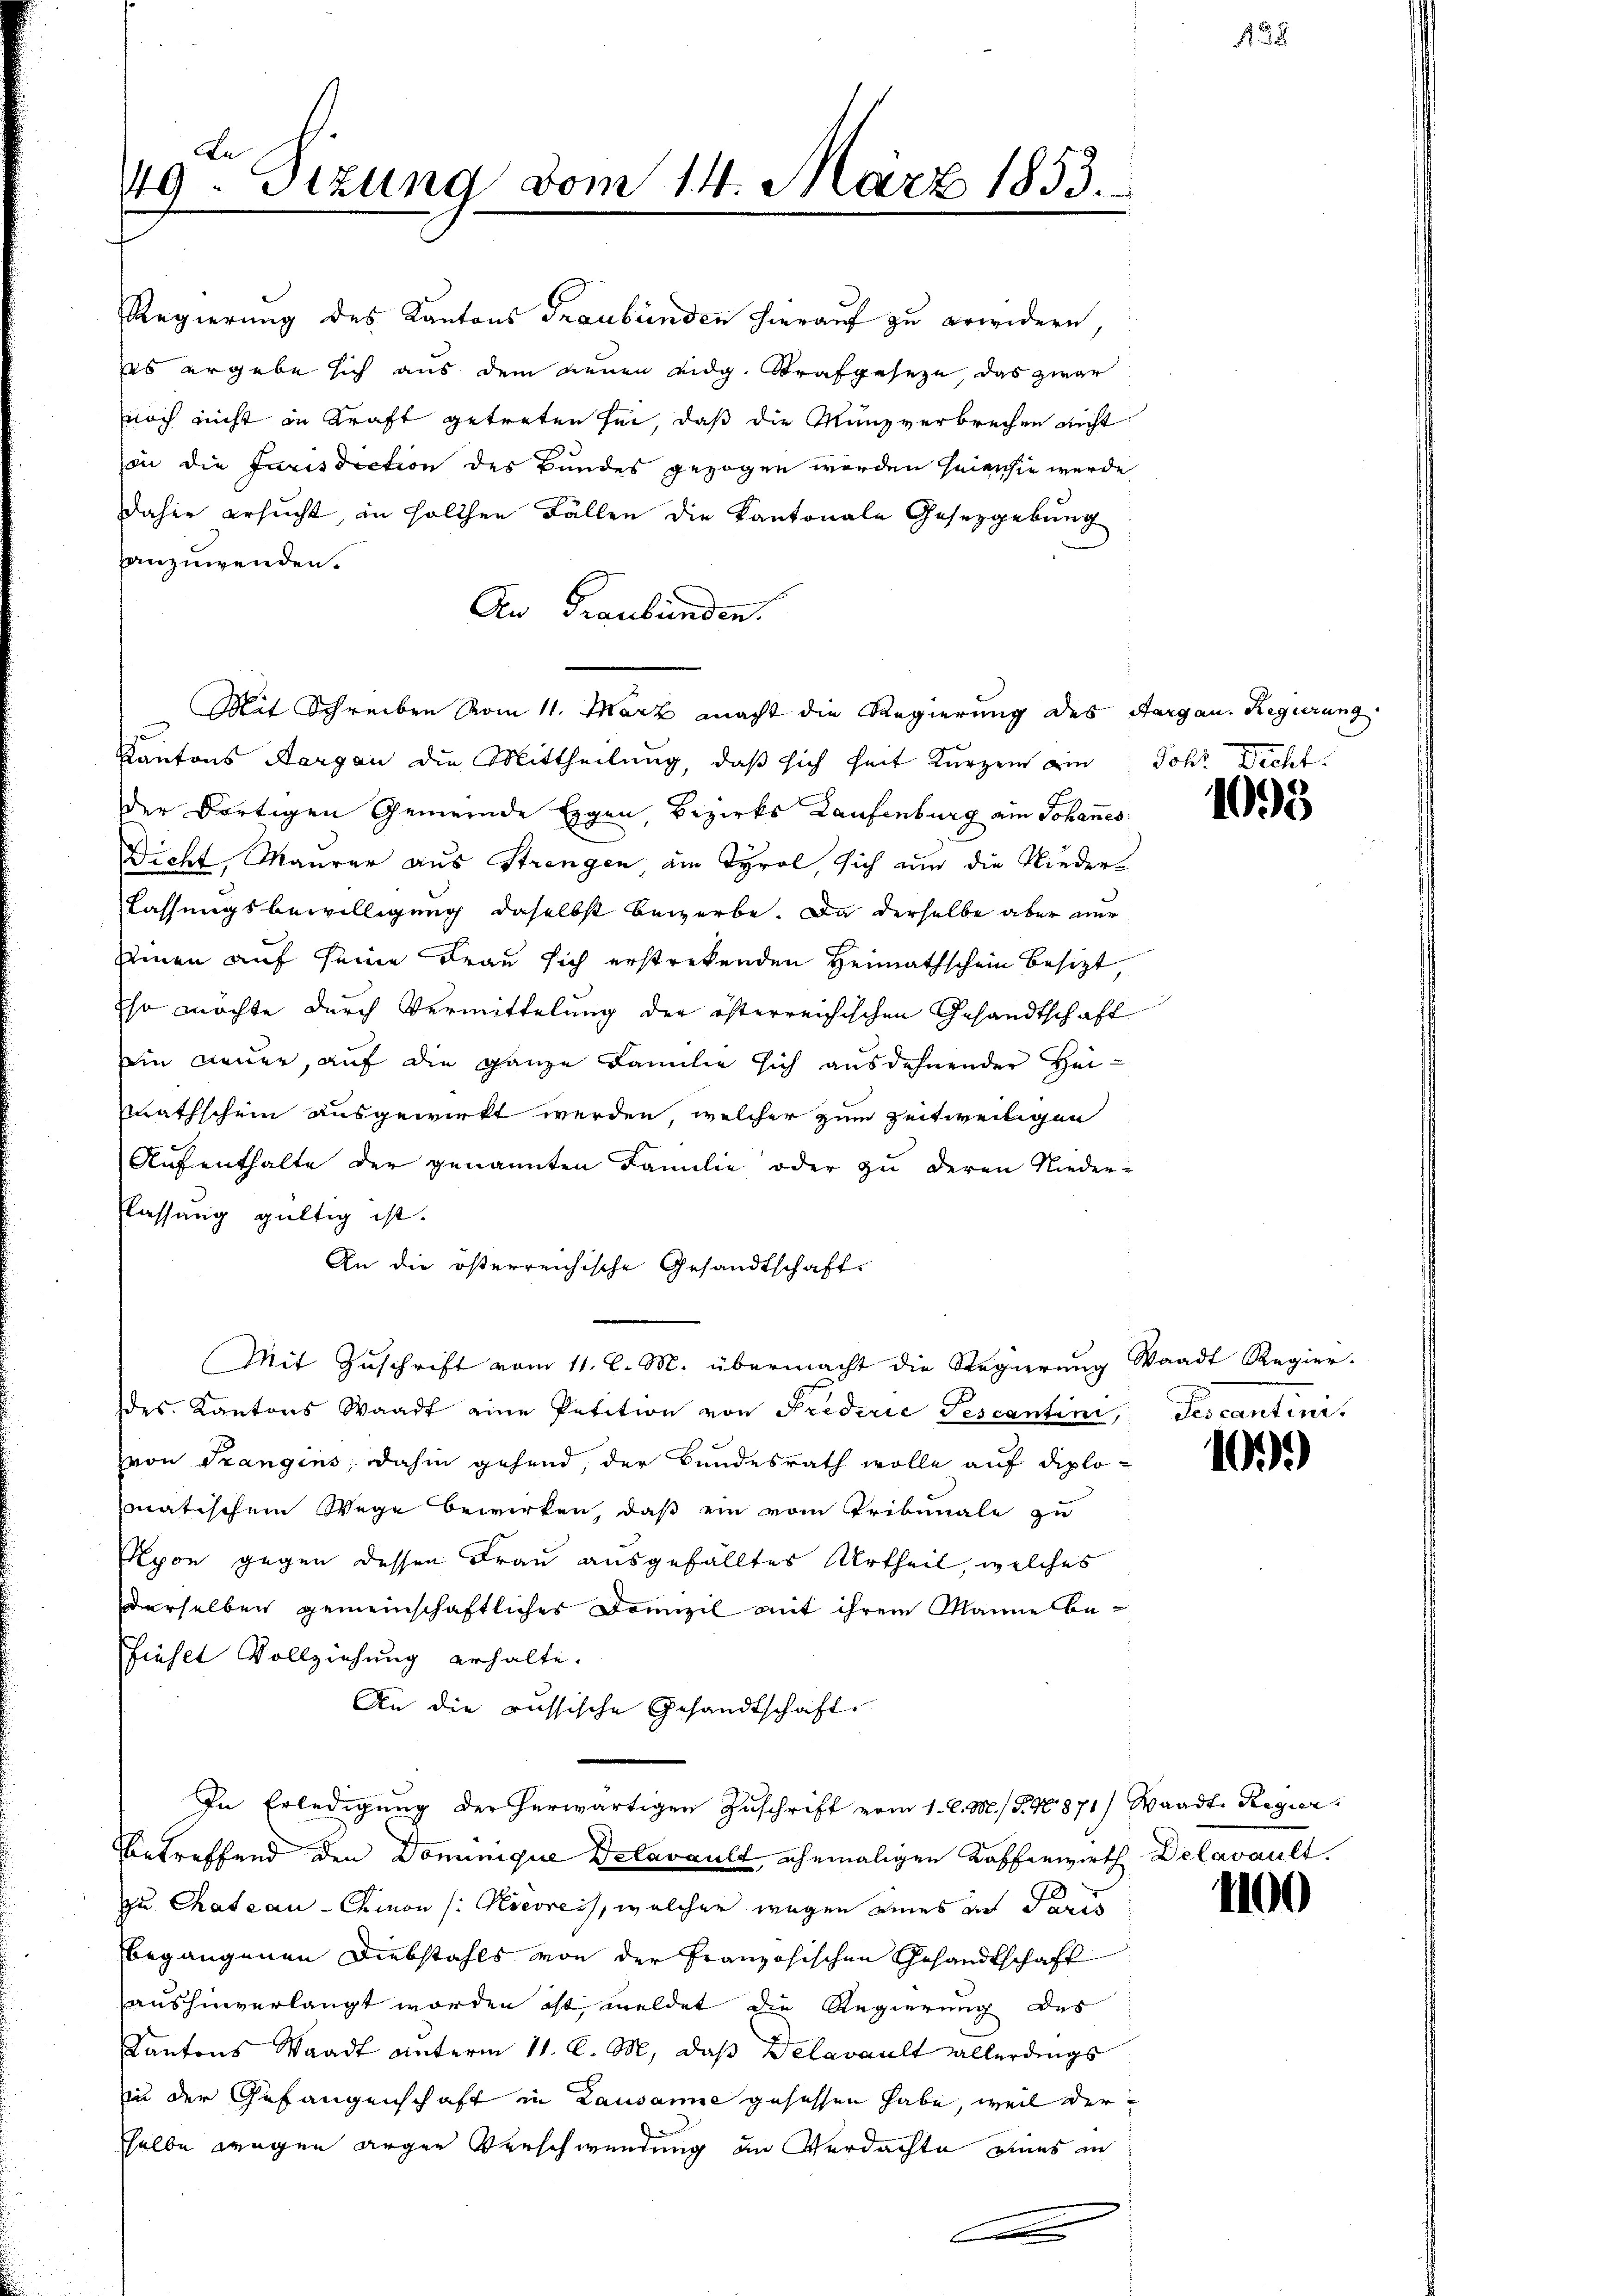
An
49. Sitzung vom 14. März 1853.

anzuwenden.
An Graubünden.
Kantons Aargau die Mittheilung, daß sich heit kurzem ein Joh. Dicht
der dortigen Gemeinde Eigen, Bezirks Laufenburg ein Johannes
Dicht, Maurer aus Strengen am Tyrol, sich nun die Niederlassungsbewilligung daselbst bewerbe. Da derselbe aber nur
Zeinen auf seine Frau sich erstrekenden Heimathschein besizt,
Eso möchte durch Vermittelung der österreichischen Gesandtschaft
sin neuer, auf die ganze Familie sich ausdehnender Heimathschein ausgewirkt werden, welcher zum zeitweiligen
Aufenthalte der genannten Familie oder zu deren Nieder-
flassung gültig ist.
An die österreichische Gesandtschaft.
Mit Zuschrift vom 11. l. M. übermacht die Regierung Waadt Regier-
des Kantons Waadt eine Petition von Frederie Tescantini, Tescantini.
von Prangins, dahin gehend, der Bundesrath wolle auf diplomatischem Wege bewirken, daß ein vom Tribunale zu
Kyon gegen dessen Frau ausgefälltes Urtheil, welches
derselben gemeinschaftliches Domizil mit ihrem Manne befiehlt Vollziehung erhalte.
An die aussische Gesandtschaft
In Erledigung der herwärtigen Zuschrift vom 1. d. M. §. 4. 871) Waadt. Regier
Betreffend den Dominique Delavault, ehemaligen Kafferwirth Delavault.
zu Chateau-Chion (: Kresreis, welcher wegen eines in Paris
begangenen Diebstahls von der Französischen Gesandtschaft
aushinverlangt worden ist, meldet die Regierung des
Kantons Waadt unterm 11. l. M. daß Delavault allerdings
zin der Gefangenschaft in Lausanne gesessen habe, weil der
sselbe wegen arger Verschwendung in Verdachte eines in

Regierung des Kantons Graubünden hierauf zu erwidern,
es ergebe sich aus dem neuen eidg. Strafgeseze, das zwar
noch nicht in Kraft getreten sei, daß die Münzverbrechen nicht
von die Jurisdiction des Bundes gezogen worden seien sie werde
daher ersucht, in solchen Fällen die Kantonale Gesetzgebung

Mit Schreiben vom 11. März macht die Regierung des Aargau. Regierung

132

1098

109.)

1100